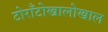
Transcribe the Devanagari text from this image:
टोराँटोखालोखाल